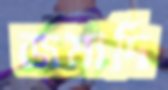
জমাদি